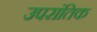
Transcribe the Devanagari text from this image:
उपरांतिक